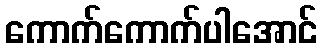
ကောက်ကောက်ပါအောင်